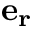
\mathbf { e _ { r } }